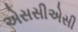
એસસીએસી